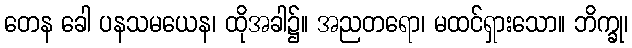
တေန ခေါ ပနသမယေန၊ ထိုအခါ၌။ အညတရော၊ မထင်ရှားသော။ ဘိက္ခု၊